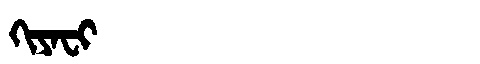
Manchu: ᡴᡳᠶᠠᠸᡳ
Romanization: KIYAFI